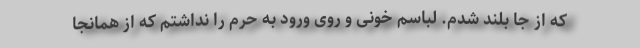
که از جا بلند شدم. لباسم خونی و روی ورود به حرم را نداشتم که از همانجا